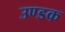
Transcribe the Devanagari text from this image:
उण्डक